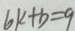
6 k + b = 9